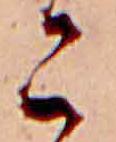
こ